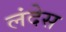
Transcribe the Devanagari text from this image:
लंदेस